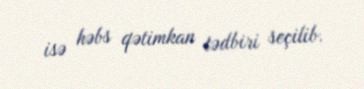
isə həbs qətimkan tədbiri seçilib.